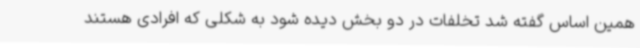
همین اساس گفته شد تخلفات در دو بخش دیده شود به شکلی که افرادی هستند